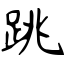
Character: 跳